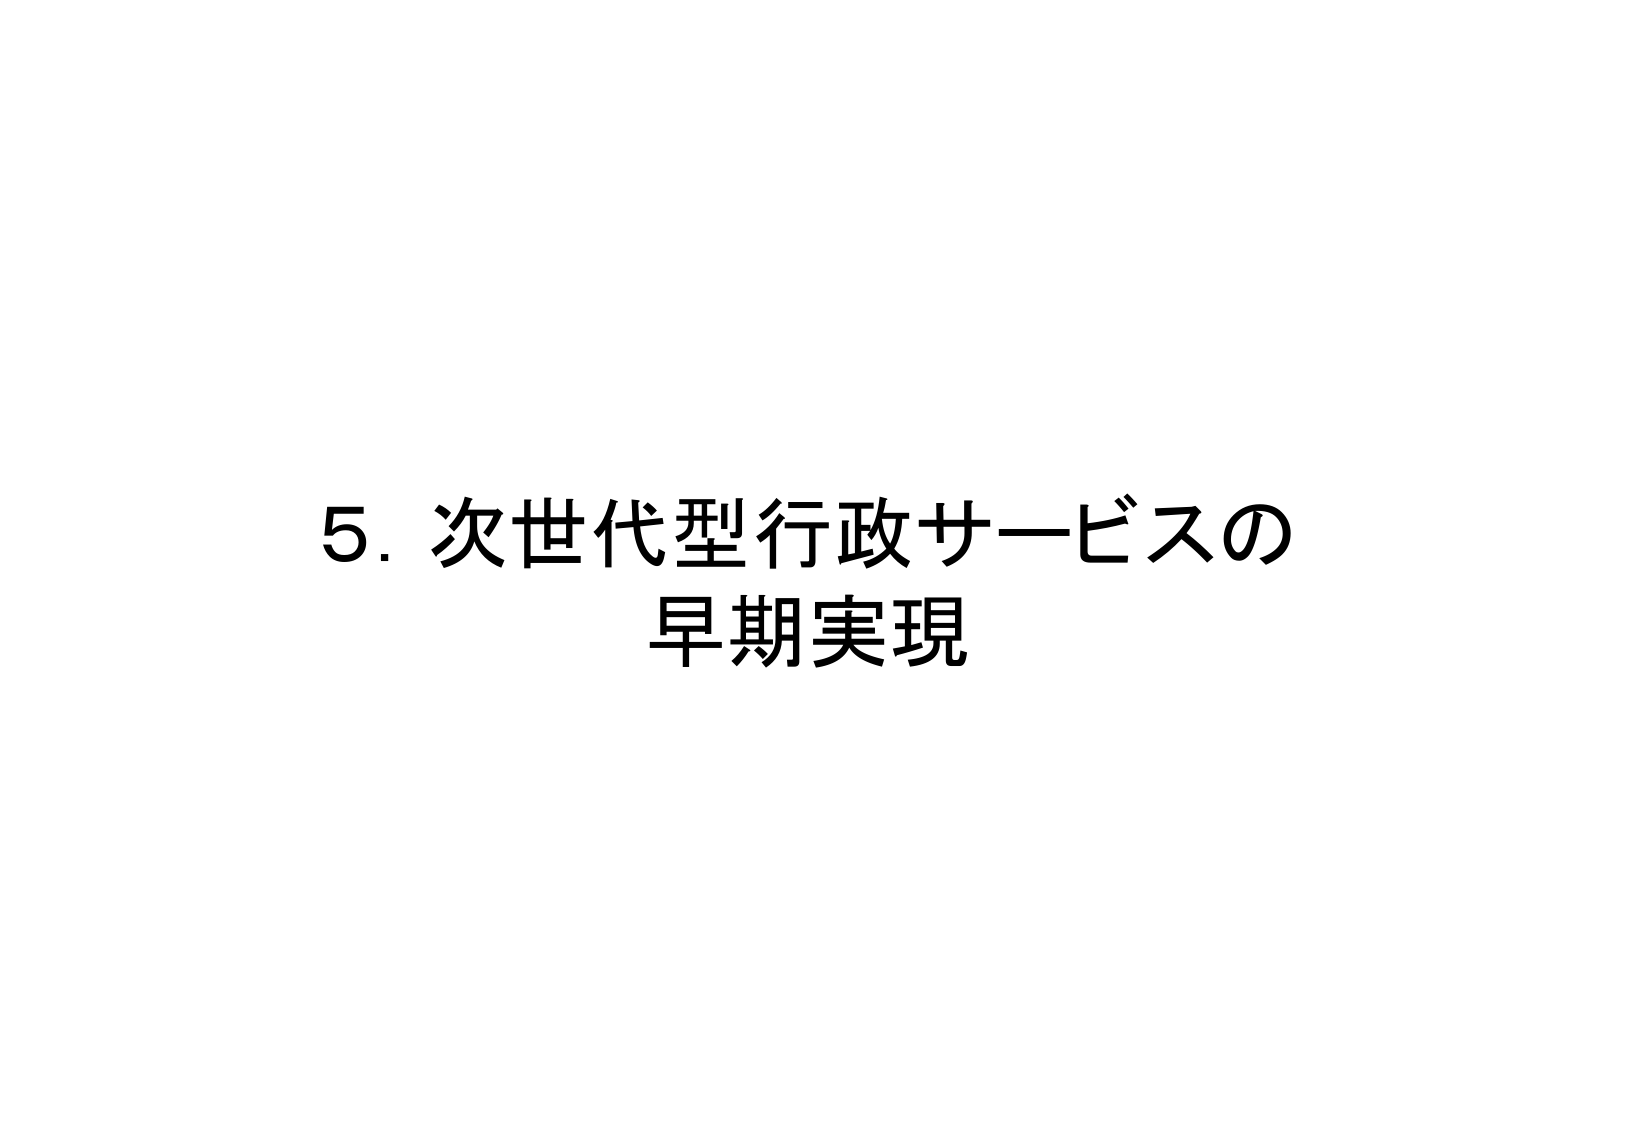
5. 次世代型行政サービスの
早期実現